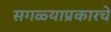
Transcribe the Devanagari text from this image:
सगळ्याप्रकारचे